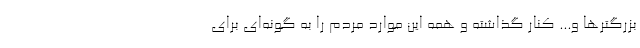
بزرگترها و... کنار گذاشته و همه این موارد مردم را به گونه‌ای برای